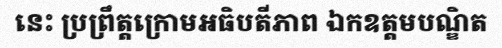
នេះ ប្រព្រឹត្តក្រោមអធិបតីភាព ឯកឧត្តមបណ្ឌិត